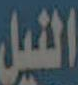
النيل